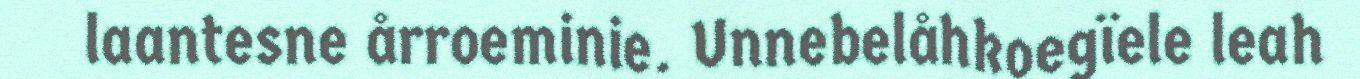
laantesne årroeminie. Unnebelåhkoegïele leah